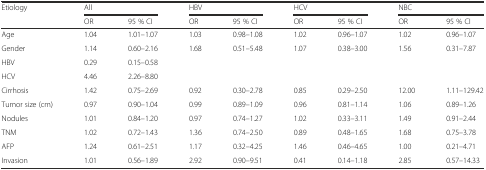
| <ROWSPAN=2> Etiology | <COLSPAN=2> All | <COLSPAN=2> HBV | <COLSPAN=2> HCV | <COLSPAN=2> NBC |
 | OR | 95 % CI | OR | 95 % CI | OR | 95 % CI | OR | 95 % CI |
 | --- | --- | --- | --- | --- | --- | --- | --- | --- |
 | Age | 1.04 | 1.01–1.07 | 1.03 | 0.98–1.08 | 1.02 | 0.96–1.07 | 1.02 | 0.96–1.07 |
 | Gender | 1.14 | 0.60–2.16 | 1.68 | 0.51–5.48 | 1.07 | 0.38–3.00 | 1.56 | 0.31–7.87 |
 | HBV | 0.29 | 0.15–0.58 |  |  |  |  |  |  |
 | HCV | 4.46 | 2.26–8.80 |  |  |  |  |  |  |
 | Cirrhosis | 1.42 | 0.75–2.69 | 0.92 | 0.30–2.78 | 0.85 | 0.29–2.50 | 12.00 | 1.11–129.42 |
 | Tumor size (cm) | 0.97 | 0.90–1.04 | 0.99 | 0.89–1.09 | 0.96 | 0.81–1.14 | 1.06 | 0.89–1.26 |
 | Nodules | 1.01 | 0.84–1.20 | 0.97 | 0.74–1.27 | 1.02 | 0.33–3.11 | 1.49 | 0.91–2.44 |
 | TNM | 1.02 | 0.72–1.43 | 1.36 | 0.74–2.50 | 0.89 | 0.48–1.65 | 1.68 | 0.75–3.78 |
 | AFP | 1.24 | 0.61–2.51 | 1.17 | 0.32–4.25 | 1.46 | 0.46–4.65 | 1.00 | 0.21–4.71 |
 | Invasion | 1.01 | 0.56–1.89 | 2.92 | 0.90–9.51 | 0.41 | 0.14–1.18 | 2.85 | 0.57–14.33 |